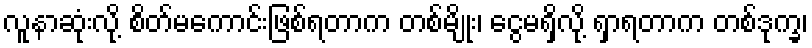
လူနာဆုံးလို့ စိတ်မကောင်းဖြစ်ရတာက တစ်မျိုး၊ ငွေမရှိလို့ ရှာရတာက တစ်ဒုက္ခ၊